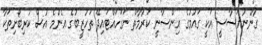
ގާނޫނުއަސާސީ އަކީ ގައުމުގެ އިންސާނީ ކަރާމާތް ނަގަހައްޓައިދޭ ތަހުޒީބުގެ އެންމެ އުސް ކުރިބޯށިތަކާ